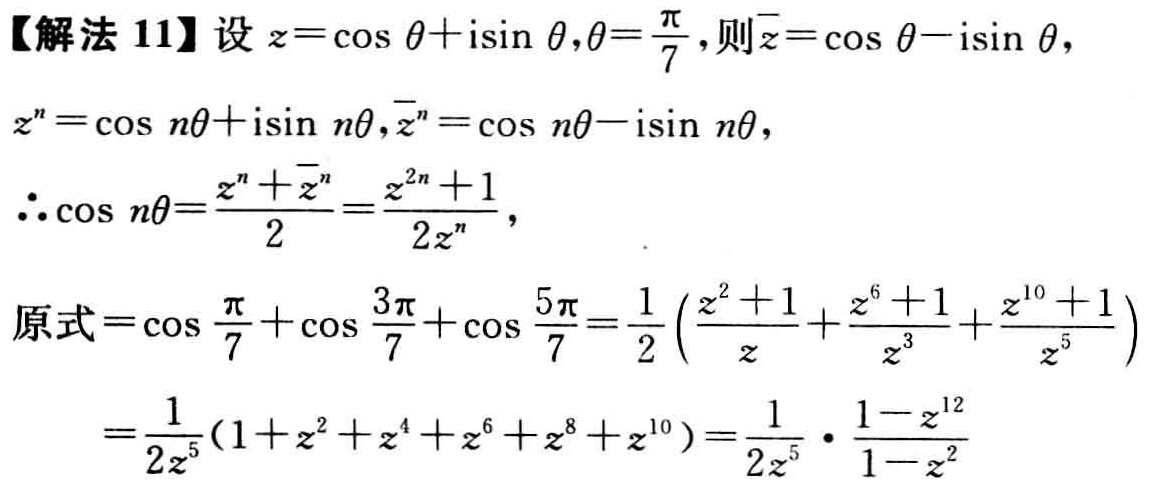
【解法 11】设 \(z = \cos\theta + i\sin\theta,\theta=\frac{\pi}{7}\)，则 \(\overline{z}=\cos\theta - i\sin\theta\)，
\(z^{n}=\cos n\theta + i\sin n\theta,\overline{z}^{n}=\cos n\theta - i\sin n\theta\)，
\(\therefore\cos n\theta=\frac{z^{n}+\overline{z}^{n}}{2}=\frac{z^{2n}+1}{2z^{n}}\)，
原式\(=\cos\frac{\pi}{7}+\cos\frac{3\pi}{7}+\cos\frac{5\pi}{7}=\frac{1}{2}\left(\frac{z^{2}+1}{z}+\frac{z^{6}+1}{z^{3}}+\frac{z^{10}+1}{z^{5}}\right)\)
\(=\frac{1}{2z^{5}}(1 + z^{2}+z^{4}+z^{6}+z^{8}+z^{10})=\frac{1}{2z^{5}}\cdot\frac{1 - z^{12}}{1 - z^{2}}\)